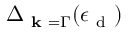
\Delta _ { \textbf { k } = \Gamma } ( \epsilon _ { \mathrm { ~ d ~ } } )